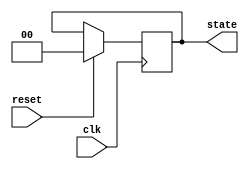
module PreConfiguredStateInit (
    input wire clk,           // Clock input
    input wire reset,         // Active-high reset signal
    output reg [1:0] state   // State output (2-bit for 4 states: S0, S1, S2, S3)
);

// State encoding
localparam S0 = 2'b00; // Initial state
localparam S1 = 2'b01; // Other states
localparam S2 = 2'b10;
localparam S3 = 2'b11;

// Initialize the state on the rising edge of the clock
always @(posedge clk) begin
    if (reset) begin
        state <= S0; // Set the state to S0 on reset
    end else begin
        // Implement state transition logic here
        // e.g. state <= next_state; // Uncomment and implement as needed
    end
end

endmodule